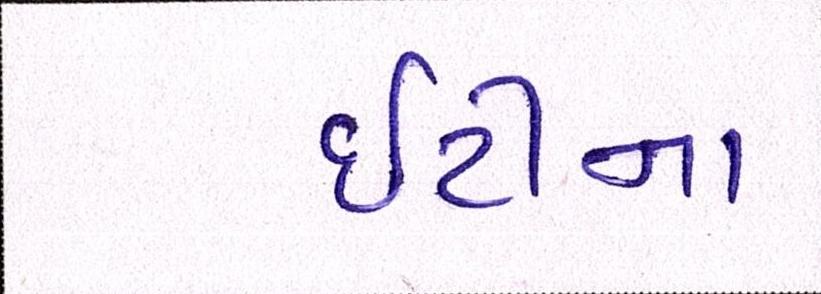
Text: ઇટીના